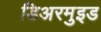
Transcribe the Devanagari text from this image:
डिअरमुइड